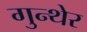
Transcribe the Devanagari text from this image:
गुन्थेर